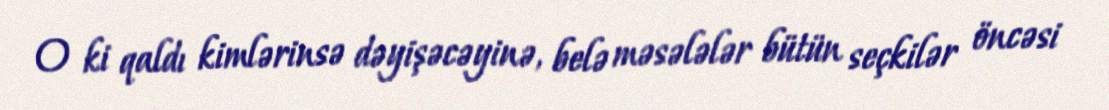
O ki qaldı kimlərinsə dəyişəcəyinə, belə məsələlər bütün seçkilər öncəsi